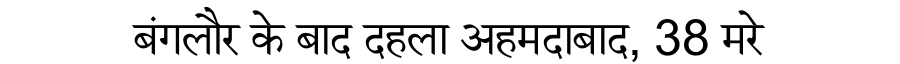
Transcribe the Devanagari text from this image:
बंगलौर के बाद दहला अहमदाबाद, 38 मरे